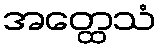
အတ္ထေသံ